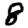
Digit: 8